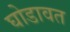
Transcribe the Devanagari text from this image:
घोडावत